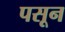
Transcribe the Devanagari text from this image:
पसून